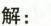
解：